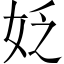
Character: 姂